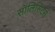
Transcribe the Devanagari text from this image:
सॉलिसिटर्स